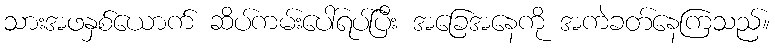
သားအဖနှစ်ယောက် ဆိပ်ကမ်းပေါ်ရပ်ပြီး အခြေအနေကို အကဲခတ်နေကြသည်။